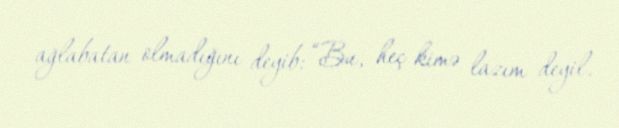
ağlabatan olmadığını deyib: “Bu, heç kimə lazım deyil.